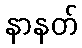
နာနတ်